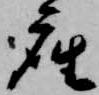
座